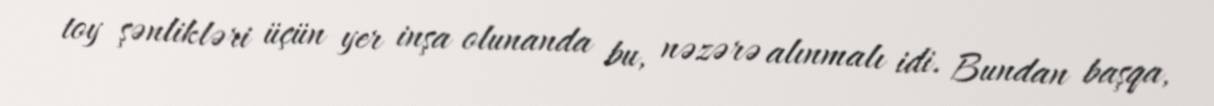
toy şənlikləri üçün yer inşa olunanda bu, nəzərə alınmalı idi. Bundan başqa,